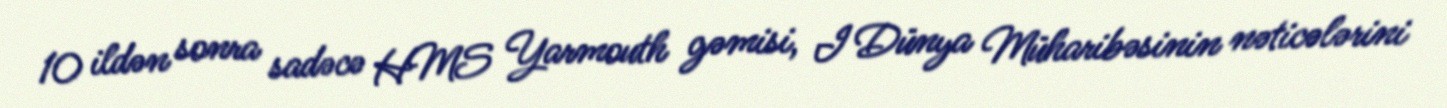
10 ildən sonra sadəcə HMS Yarmouth gəmisi, I Dünya Müharibəsinin nəticələrini